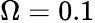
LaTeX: \Omega=0.1